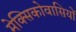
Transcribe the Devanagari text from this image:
मेक्सिकोवासियों